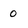
Character: 0